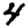
Digit: 4